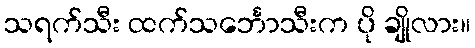
သရက်သီး ထက်သင်္ဘောသီးက ပို ချိုလား။